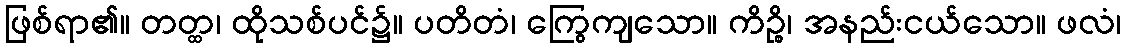
ဖြစ်ရာ၏။ တတ္ထ၊ ထိုသစ်ပင်၌။ ပတိတံ၊ ကြွေကျသော။ ကိဉ္စိ၊ အနည်းငယ်သော။ ဖလံ၊